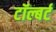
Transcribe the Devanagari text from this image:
टॉल्बर्ट